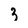
Character: 3